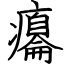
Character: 癟